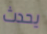
يحدث